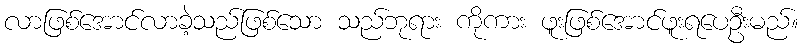
လာဖြစ်အောင်လာခဲ့သည်ဖြစ်သော သည်ဘုရား ကိုကား ဖူးဖြစ်အောင်ဖူးရပေဦးမည်။